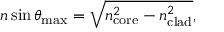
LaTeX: n \sin \theta _ { \mathrm { m a x } } = { \sqrt { n _ { \mathrm { c o r e } } ^ { 2 } - n _ { \mathrm { c l a d } } ^ { 2 } } } ,